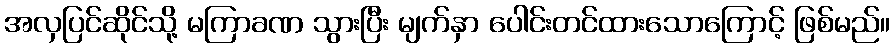
အလှပြင်ဆိုင်သို့ မကြာခဏ သွားပြီး မျက်နှာ ပေါင်းတင်ထားသောကြောင့် ဖြစ်မည်။